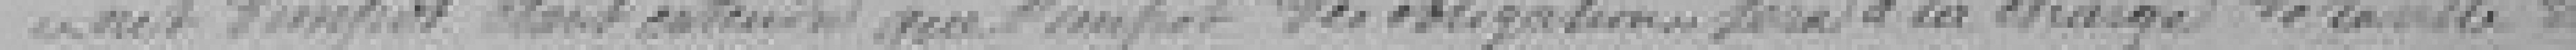
net d'impôt étant entendu que l'impôt des obligations sera à la charge de la ville de